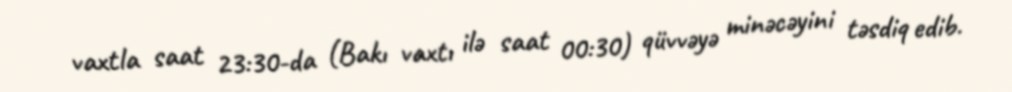
vaxtla saat 23:30-da (Bakı vaxtı ilə saat 00:30) qüvvəyə minəcəyini təsdiq edib.